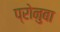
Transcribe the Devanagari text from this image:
प्रोनुबा